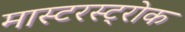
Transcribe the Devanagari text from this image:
मास्टरस्ट्रोक